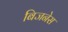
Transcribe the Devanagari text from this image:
बिजनेस